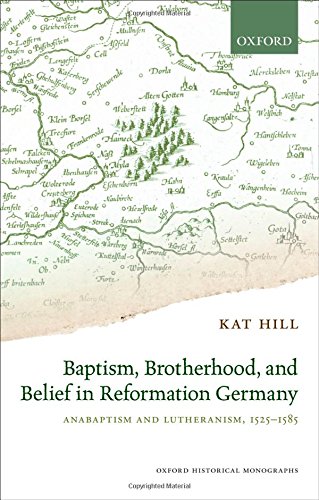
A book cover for Baptism, Brotherhood, and Belief in Reformation Germany: Anabaptism and Lutheranism, 1525-1585 (Oxford Historical Monographs); Kat Hill; Christian Books & Bibles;